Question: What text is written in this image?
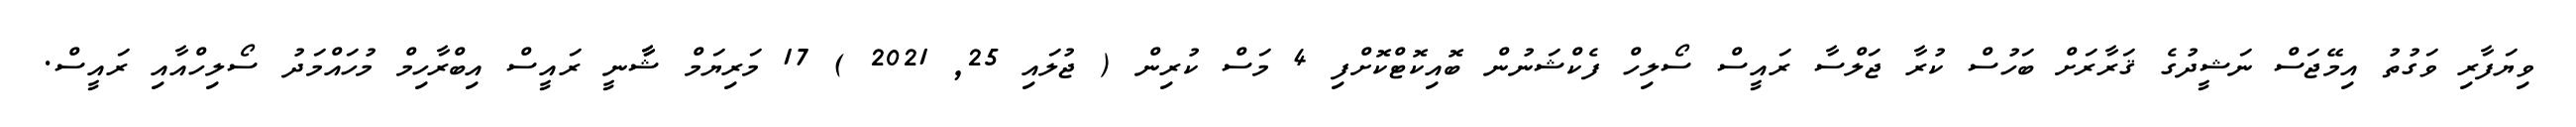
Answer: ވިޔަފާރި ވަގުތު އިމޭޖަސް ނަޝީދުގެ ޤަރާރަށް ބަހުސް ކުރާ ޖަލްސާ ރައީސް ސޯލިހް ފެކްޝަނުން ބޮއިކޮޓްކޮށްފި 4 މަސް ކުރިން ( ޖުލައި 25, 2021 ) 17 މަރިޔަމް ޝާާނީ ރައީސް އިބްރާހިމް މުހައްމަދު ސޯލިހްއާއި ރައީސް.